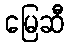
မြေဆီ